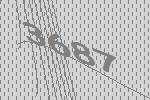
3687